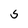
Character: 5